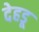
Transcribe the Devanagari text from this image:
देहडू